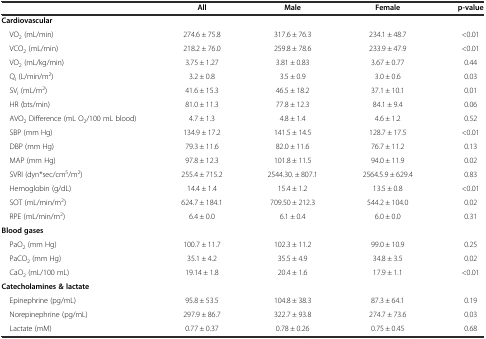
<table><thead><tr><td></td><td><b>All</b></td><td><b>Male</b></td><td><b>Female</b></td><td><b>p-value</b></td></tr></thead><tbody><tr><td colspan="5"><b>Cardiovascular</b></td></tr><tr><td> VO<sub>2</sub> (mL/min)</td><td>274.6 ± 75.8</td><td>317.6 ± 76.3</td><td>234.1 ± 48.7</td><td>&lt;0.01</td></tr><tr><td> VCO<sub>2</sub> (mL/min)</td><td>218.2 ± 76.0</td><td>259.8 ± 78.6</td><td>233.9 ± 47.9</td><td>&lt;0.01</td></tr><tr><td> VO<sub>2</sub> (mL/kg/min)</td><td>3.75 ± 1.27</td><td>3.81 ± 0.83</td><td>3.67 ± 0.77</td><td>0.44</td></tr><tr><td> Q<sub>I</sub> (L/min/m<sup>2</sup>)</td><td>3.2 ± 0.8</td><td>3.5 ± 0.9</td><td>3.0 ± 0.6</td><td>0.03</td></tr><tr><td> SV<sub>I</sub> (mL/m<sup>2</sup>)</td><td>41.6 ± 15.3</td><td>46.5 ± 18.2</td><td>37.1 ± 10.1</td><td>0.01</td></tr><tr><td> HR (bts/min)</td><td>81.0 ± 11.3</td><td>77.8 ± 12.3</td><td>84.1 ± 9.4</td><td>0.06</td></tr><tr><td> AVO<sub>2</sub> Difference (mL O<sub>2</sub>/100 mL blood)</td><td>4.7 ± 1.3</td><td>4.8 ± 1.4</td><td>4.6 ± 1.2</td><td>0.52</td></tr><tr><td> SBP (mm Hg)</td><td>134.9 ± 17.2</td><td>141.5 ± 14.5</td><td>128.7 ± 17.5</td><td>&lt;0.01</td></tr><tr><td> DBP (mm Hg)</td><td>79.3 ± 11.6</td><td>82.0 ± 11.6</td><td>76.7 ± 11.2</td><td>0.13</td></tr><tr><td> MAP (mm Hg)</td><td>97.8 ± 12.3</td><td>101.8 ± 11.5</td><td>94.0 ± 11.9</td><td>0.02</td></tr><tr><td> SVRI (dyn*sec/cm<sup>5</sup>/m<sup>2</sup>)</td><td>255.4 ± 715.2</td><td>2544.30. ± 807.1</td><td>2564.5.9 ± 629.4</td><td>0.83</td></tr><tr><td> Hemoglobin (g/dL)</td><td>14.4 ± 1.4</td><td>15.4 ± 1.2</td><td>13.5 ± 0.8</td><td>&lt;0.01</td></tr><tr><td> SOT (mL/min/m<sup>2</sup>)</td><td>624.7 ± 184.1</td><td>709.50 ± 212.3</td><td>544.2 ± 104.0</td><td>0.02</td></tr><tr><td> RPE (mL/min/m<sup>2</sup>)</td><td>6.4 ± 0.0</td><td>6.1 ± 0.4</td><td>6.0 ± 0.0</td><td>0.31</td></tr><tr><td colspan="5"><b>Blood gases</b></td></tr><tr><td> PaO<sub>2</sub> (mm Hg)</td><td>100.7 ± 11.7</td><td>102.3 ± 11.2</td><td>99.0 ± 10.9</td><td>0.25</td></tr><tr><td> PaCO<sub>2</sub> (mm Hg)</td><td>35.1 ± 4.2</td><td>35.5 ± 4.9</td><td>34.8 ± 3.5</td><td>0.02</td></tr><tr><td> CaO<sub>2</sub> (mL/100 mL)</td><td>19.14 ± 1.8</td><td>20.4 ± 1.6</td><td>17.9 ± 1.1</td><td>&lt;0.01</td></tr><tr><td colspan="5"><b>Catecholamines &amp; lactate</b></td></tr><tr><td> Epinephrine (pg/mL)</td><td>95.8 ± 53.5</td><td>104.8 ± 38.3</td><td>87.3 ± 64.1</td><td>0.19</td></tr><tr><td> Norepinephrine (pg/mL)</td><td>297.9 ± 86.7</td><td>322.7 ± 93.8</td><td>274.7 ± 73.6</td><td>0.03</td></tr><tr><td> Lactate (mM)</td><td>0.77 ± 0.37</td><td>0.78 ± 0.26</td><td>0.75 ± 0.45</td><td>0.68</td></tr></tbody></table>